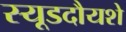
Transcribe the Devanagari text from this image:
स्यूडदौयशे